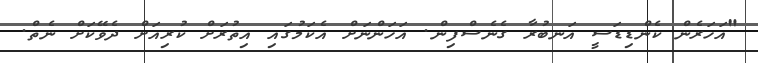
"އަހަރެން ކެންޑިޑަސީ އަނބުރާ ގެނެސްފިން. އަހަންނަށް އެކަމުގައި އިތުރަށް ކުރިއަށް ދެވޭކަށް ނެތް.